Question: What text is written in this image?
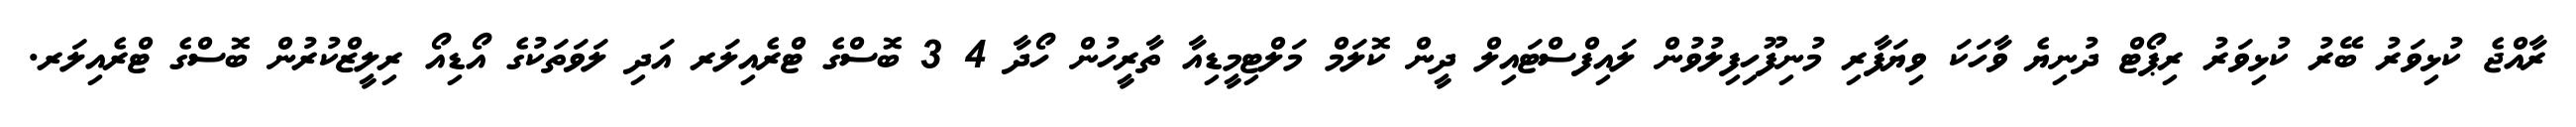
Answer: ރާއްޖެ ކުޅިވަރު ބޭރު ކުޅިވަރު ރިޕޯޓް ދުނިޔެ ވާހަކަ ވިޔަފާރި މުނިފޫހިފިލުވުން ލައިފްސްޓައިލް ދީން ކޮލަމް މަލްޓިމީޑިއާ ތާރީހުން ހޯދާ 4 3 ބޮސްގެ ޓްރެއިލަރ އަދި ލަވަތަކުގެ އޯޑިއޯ ރިލީޒްކުރުން ބޮސްގެ ޓްރެއިލަރ.